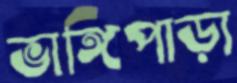
ভাঙ্গিপাড়া